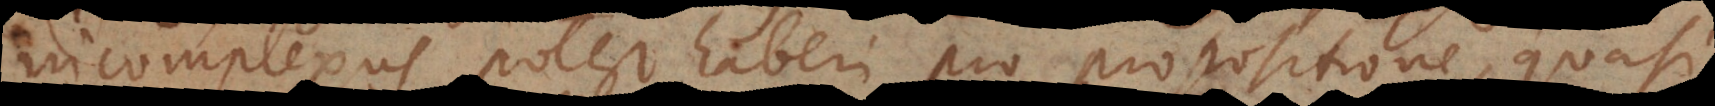
incomplexus potest haberi pro propositione, quasi